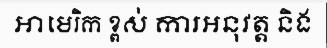
អាមេរិក ខ្ពស់ ការអនុវត្ត និង